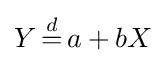
Y\,{\stackrel {d}{=}}\,a+bX